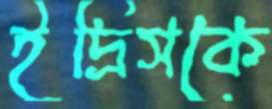
ইদ্রিসকে